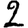
Digit: 2